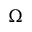
\Omega